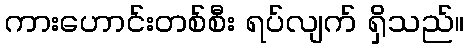
ကားဟောင်းတစ်စီး ရပ်လျက် ရှိသည်။